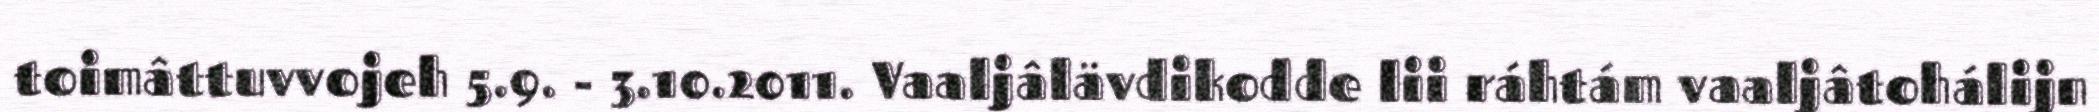
toimâttuvvojeh 5.9. - 3.10.2011. Vaaljâlävdikodde lii ráhtám vaaljâtohálijn